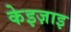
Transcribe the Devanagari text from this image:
केइज़ाइ